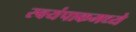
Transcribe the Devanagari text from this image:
स्वयंपाकमध्ये